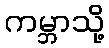
ကမ္ဘာသို့